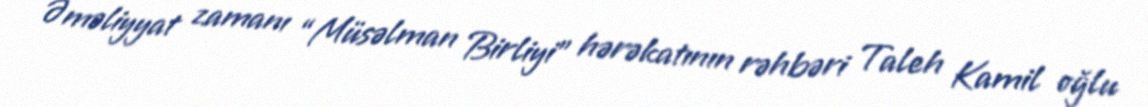
Əməliyyat zamanı “Müsəlman Birliyi” hərəkatının rəhbəri Taleh Kamil oğlu